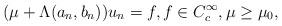
LaTeX: \begin{align*}(\mu+\Lambda(a_n,b_n))u_n=f, f \in C_c^\infty, \mu \geq \mu_0,\end{align*}